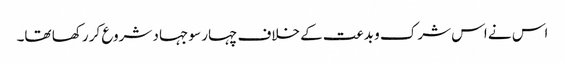
اس نے اس شرک و بدعت کے خلاف چہار سو جہاد شروع کر رکھا تھا۔